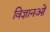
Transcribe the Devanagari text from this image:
विज्ञानओं